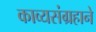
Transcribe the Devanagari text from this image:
काव्यसंग्रहाने